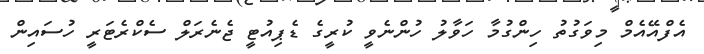
އެފްއޭއެމް މިވަގުތު ހިންގުމާ ހަވާލު ހުންނެވީ ކުރީގެ ޑެޕިއުޓީ ޖެނެރަލް ސެކްރެޓަރީ ހުސައިން